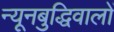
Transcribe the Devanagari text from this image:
न्यूनबुद्धिवालों